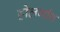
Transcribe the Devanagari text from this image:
होलगाँव